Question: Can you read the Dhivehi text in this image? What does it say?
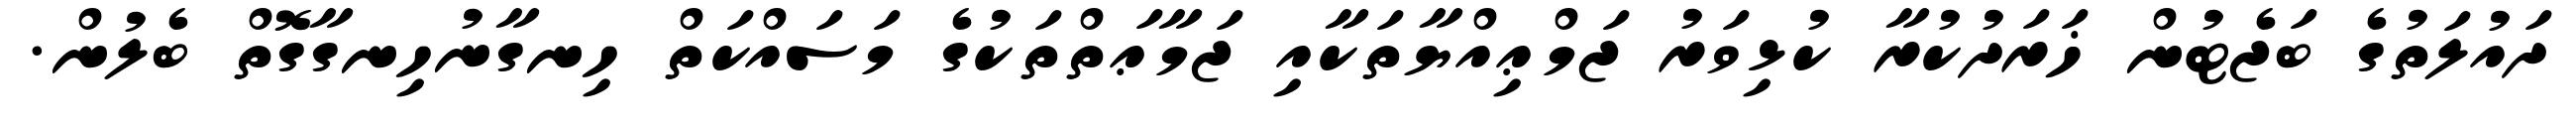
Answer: ދައުލަތުގެ ބަޖެޓުން ޚަރަދުކުރާ ކުޅިވަރު ޖަމްޢިއްޔާތަކާއި ޖަމާޢަތްތަކުގެ މަސައްކަތް ހިނގާނުހިނގާގޮތް ބެލުން.